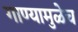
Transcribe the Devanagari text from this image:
गाण्यामुळेच